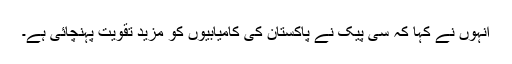
انہوں نے کہا کہ سی پیک نے پاکستان کی کامیابیوں کو مزید تقویت پہنچائی ہے۔